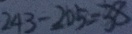
2 4 3 - 2 0 5 = 3 8